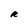
Character: R